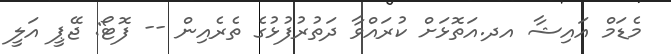
މެޑަމް އައިޝާ އދ.އަތޮޅަށް ކުރައްވާ ދަތުރުފުޅުގެ ތެރެއިން -- ފޮޓޯ: ޖޭޕީ އަލީ